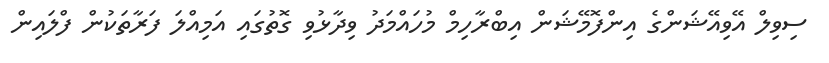
ސިވިލް އޭވިއޭޝަންގެ އިންފޮމޭޝަން އިބްރާހިމް މުހައްމަދު ވިދާޅުވި ގޮތުގައި އަމިއްލަ ފަރާތަކުން ފްލައިން